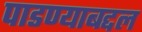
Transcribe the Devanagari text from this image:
पाडण्याबद्दल